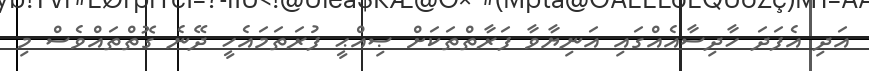
އަދި އެފަދަ ހާދިސާއެއްގައި އަނިޔާވާ ފަރާތްތަކަށް ޞިއްޙީ ފުރަތަމައެހީ ދޭނެ ގޮތްތައްވެސް މި